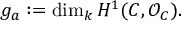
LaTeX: g _ { a } : = \dim _ { k } H ^ { 1 } ( C , { \mathcal { O } } _ { C } ) .